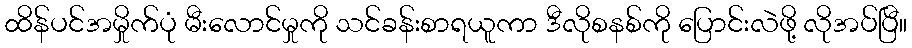
ထိန်ပင်အမှိုက်ပုံ မီးလောင်မှုကို သင်ခန်းစာရယူကာ ဒီလိုစနစ်ကို ပြောင်းလဲဖို့ လိုအပ်ပြီ။